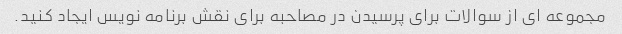
مجموعه ای از سوالات برای پرسیدن در مصاحبه برای نقش برنامه نویس ایجاد کنید.